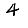
Digit: 4